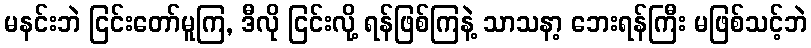
မနင်းဘဲ ငြင်းတော်မူကြ, ဒီလို ငြင်းလို့ ရန်ဖြစ်ကြနဲ့ သာသနာ့ ဘေးရန်ကြီး မဖြစ်သင့်ဘဲ